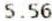
5.56